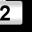
Digit: 2